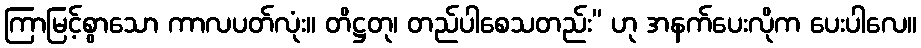
ကြာမြင့်စွာသော ကာလပတ်လုံး။ တိဋ္ဌတု၊ တည်ပါစေသတည်း” ဟု အနက်ပေးလိုက ပေးပါလေ။